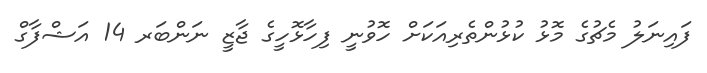
ފައިނަލު މެޗުގެ މޮޅު ކުޅުންތެރިއަކަށް ހޮވުނީ ފިހާޅޮހީގެ ޖާޒީ ނަންބަރ 14 އަޝްފާގް